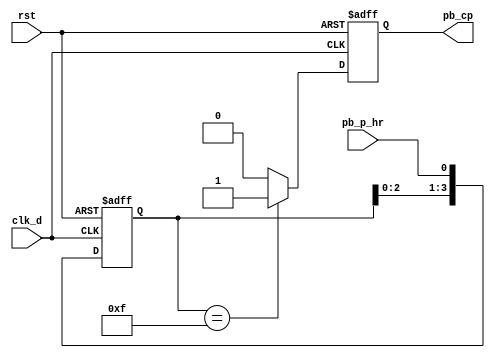
`timescale 1ns / 1ps
//////////////////////////////////////////////////////////////////////////////////
// Company: 
// Engineer: 
// 
// Design Name: 
// Module Name: Debounce
// Project Name: 
// Target Devices: 
// Tool Versions: 
// Description: 
// 
// Dependencies: 
// 
// Revision:
// Revision 0.01 - File Created
// Additional Comments:
// 
//////////////////////////////////////////////////////////////////////////////////


module debounce_cp(
     clk_d,
     rst,
   //  pb_s,
     pb_p_hr,
   //  pb_s_de,
     pb_cp
    );
    input clk_d;
    input rst;
  //  input pb_s;
    input pb_p_hr;
  //  output reg pb_s_de;
    output reg pb_cp;
    
   // reg [3:0] debounce_window_s;
    reg [3:0] debounce_window_cp;
  //  reg pb_s_de_next;
    reg pb_cp_de_next;  
    
    initial begin
   //     debounce_window_s = 4'b0000;
  //      pb_s_de = 1'b0;
        debounce_window_cp = 4'b0000;
        pb_cp = 1'b0;
    end
    
    always@( posedge clk_d or posedge rst)
        if(rst)
        begin
    //        debounce_window_s <= 4'b0000;
            debounce_window_cp <= 4'b0000;
        end
        else
        begin
     //       debounce_window_s <= {debounce_window_s[2:0],pb_s};
            debounce_window_cp <= {debounce_window_cp[2:0],pb_p_hr};
        end 
            
   /* always@*
        if(debounce_window_s == 4'b1111)
            pb_s_de_next <= 1'b1;
        else
            pb_s_de_next <= 1'b0;
     */
     always@*//f
        if(debounce_window_cp == 4'b1111)
            pb_cp_de_next <= 1'b1;
        else
            pb_cp_de_next <= 1'b0;
            
     always@( posedge clk_d or posedge rst)
        if(rst)
        begin
  //          pb_s_de <= 1'b0;
            pb_cp <= 1'b0;
        end
        else
        begin
   //         pb_s_de <= pb_s_de_next;
            pb_cp <= pb_cp_de_next;
        end

endmodule